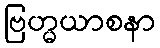
ဗြဟ္မယာစနာ